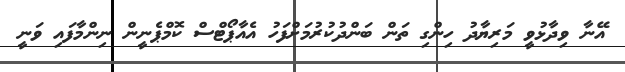
އޭނާ ވިދާޅުވީ މަރިޔާދު ހިންގި ތަން ބަންދުކުރުމަށްފަހު އެއާޕޯޓްސް ކޮމްޕެނީން ނިންމާފައި ވަނީ